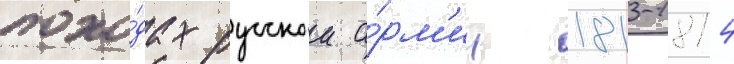
похо́дах русскои а́рм'ии 1813-1814